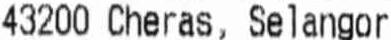
43200 CHERAS, SELANGOR